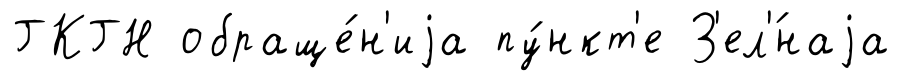
ГКГН обраще́н'иjа пу́нкт'е З'ел'́наjа